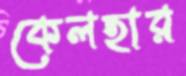
কেলহার